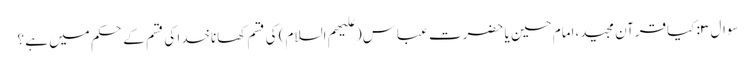
سوال ۳: کیاقرآن مجید،امام حسین یا حضرت عباس(علیهم السلام) کی قسم کھاناخدا کی قسم کے حکم میں ہے ؟